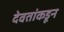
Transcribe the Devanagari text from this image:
देवतांकडून